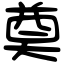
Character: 奠